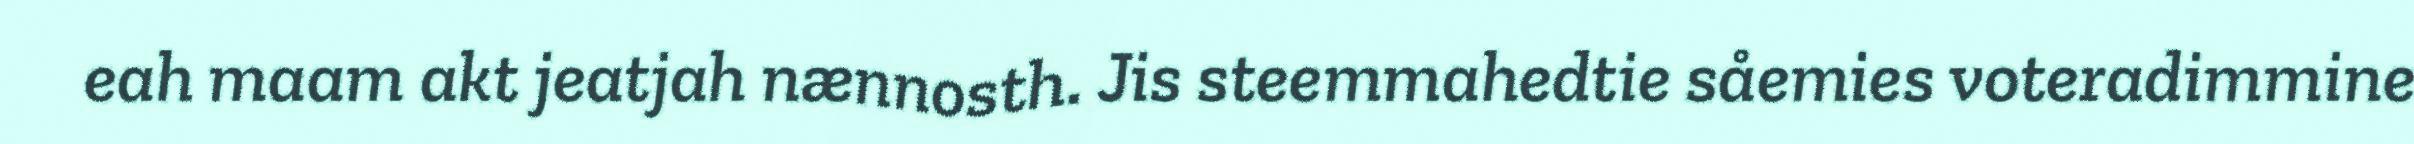
eah maam akt jeatjah nænnosth. Jis steemmahedtie såemies voteradimmine